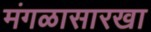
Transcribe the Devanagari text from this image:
मंगळासारखा